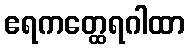
ဧရကတ္ထေရဂါထာ